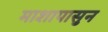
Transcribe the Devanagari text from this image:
माशापासुन